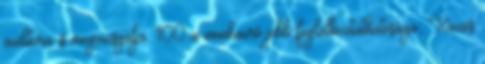
auditora is megvizsgálja. 100 a munkaerő jobb foglalkoztathatósága; Közös